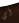
أي